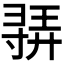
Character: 𫴳